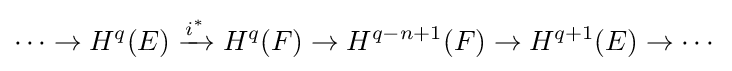
\cdots \to H^{q}(E)\xrightarrow {i^{*}} H^{q}(F)\to H^{q-n+1}(F)\to H^{q+1}(E)\to \cdots